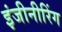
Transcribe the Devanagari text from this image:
इंजीनीरिंग